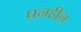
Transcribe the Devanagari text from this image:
घनहीन